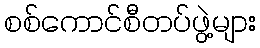
စစ်ကောင်စီတပ်ဖွဲ့များ